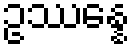
ဥဿန္နေ